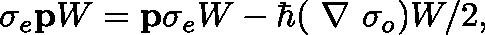
\sigma _ { e } { \bf p } W = { \bf p } \sigma _ { e } W - \hbar ( \mathrm { \boldmath ~ \nabla ~ } \sigma _ { o } ) W / 2 ,